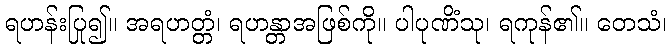
ရဟန်းပြု၍။ အရဟတ္တံ၊ ရဟန္တာအဖြစ်ကို။ ပါပုဏိံသု၊ ရကုန်၏။ တေသံ၊